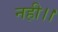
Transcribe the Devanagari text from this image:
नही।।